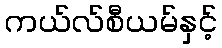
ကယ်လ်စီယမ်နှင့်